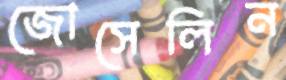
জোসেলিন